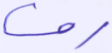
رف